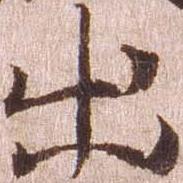
出